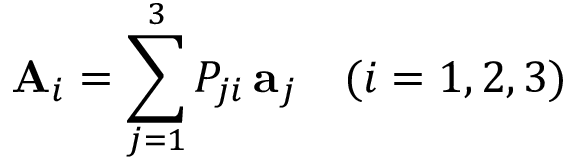
\mathbf { A } _ { i } = \sum _ { j = 1 } ^ { 3 } P _ { j i } \, \mathbf { a } _ { j } \quad ( i = 1 , 2 , 3 )